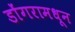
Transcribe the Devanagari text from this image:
डोंगरामधून